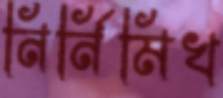
নির্নিমিখ